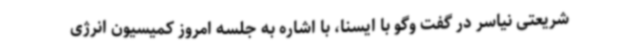
شریعتی نیاسر در گفت وگو با ایسنا، با اشاره به جلسه امروز کمیسیون انرژی